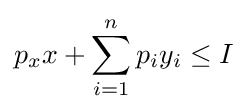
p_{x}x+\sum _{i=1}^{n}p_{i}y_{i}\leq I